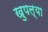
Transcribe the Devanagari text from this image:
खुपल्या